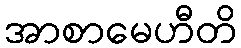
အာစာမေဟီတိ